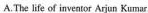
A. The life of inventor Arjun Kumar.